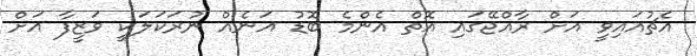
އެޗުއައިވީ އަށް ރާއްޖޭގައި އޮތް އެންމެ ބޮޑު އަނެއް ނުރަކަލަކީ ވަޒީފާ އަށް